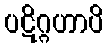
ပဋိဂ္ဂဟာပိ